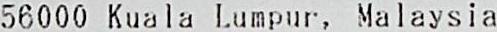
56000 KUALA LUMPUR, MALAYSIA